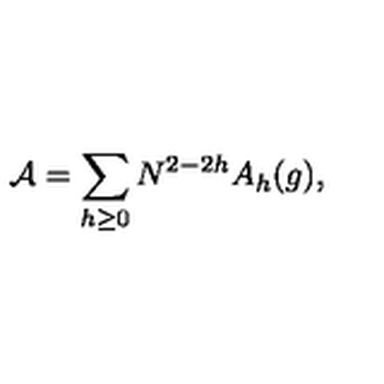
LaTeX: { \cal A } = \sum _ { h \geq 0 } N ^ { 2 - 2 h } A _ { h } ( g ) ,